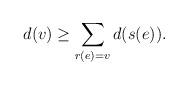
LaTeX: \begin{align*}d(v)\geq \sum_{r(e)=v} d(s(e)).\end{align*}